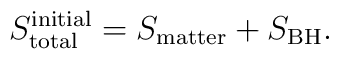
S_{\rm total}^{\rm initial} = S_{\rm matter} + S_{\rm BH}.